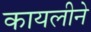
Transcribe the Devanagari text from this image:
कायलीने